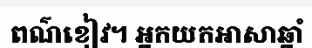
ពណ៌ខៀវ។ អ្នកយកអាសាឆ្នាំ